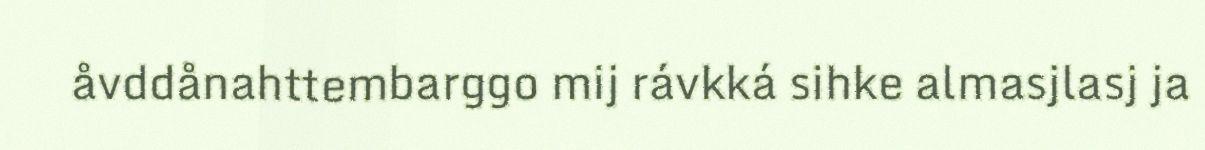
åvddånahttembarggo mij rávkká sihke almasjlasj ja